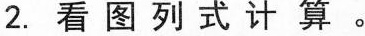
2.看图列式计算。